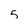
Character: 5